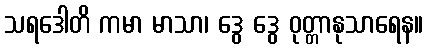
သရဒေါတိ ကမာ မာသာ၊ ဒွေ ဒွေ ဝုတ္တာနုသာရေန။